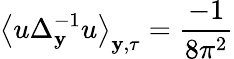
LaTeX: \left\langle u\Delta_{\mathbf{y}}^{-1}u\right\rangle_{\mathbf{y},\tau}=\frac{-1}{8\pi^{2}}